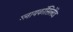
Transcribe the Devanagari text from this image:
ग्लायकॉसिलेटेड